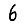
Digit: 6